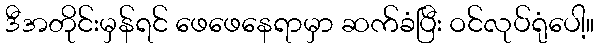
ဒီအတိုင်းမှန်ရင် ဖေဖေနေရာမှာ ဆက်ခံပြီး ဝင်လုပ်ရုံပေါ့။